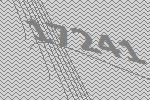
17241